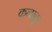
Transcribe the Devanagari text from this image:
कनाकू